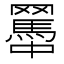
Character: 𦌱